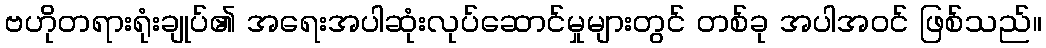
ဗဟိုတရားရုံးချုပ်၏ အရေးအပါဆုံးလုပ်ဆောင်မှုများတွင် တစ်ခု အပါအဝင် ဖြစ်သည်။